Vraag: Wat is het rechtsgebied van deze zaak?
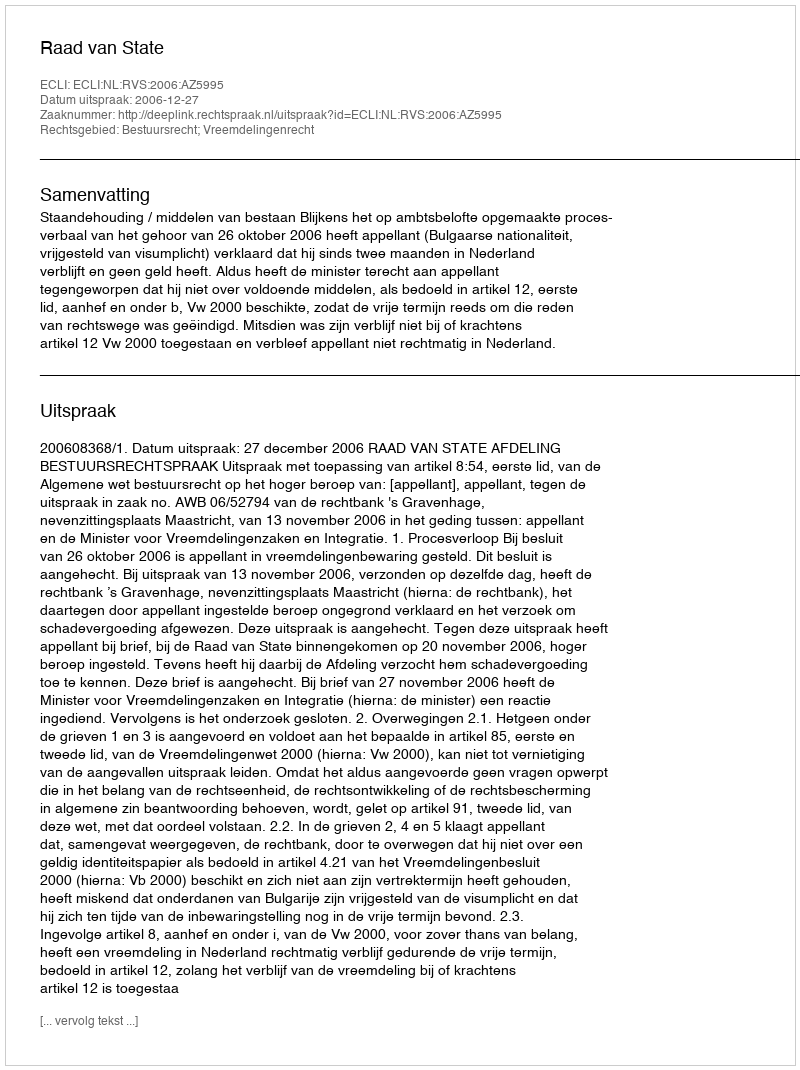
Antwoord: Bestuursrecht; Vreemdelingenrecht